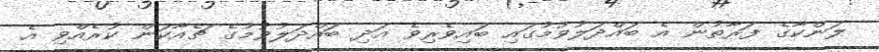
ލަންކާގެ ފަރާތުން އެ ބައްދަލުވުމުގައި ބައިވެރިވެ އަދި ބައްދަލުވުމުގެ ޗެއާކަން ކުރެއްވި އެ